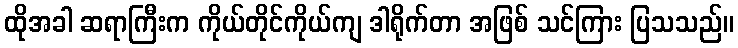
ထိုအခါ ဆရာကြီးက ကိုယ်တိုင်ကိုယ်ကျ ဒါရိုက်တာ အဖြစ် သင်ကြား ပြသသည်။